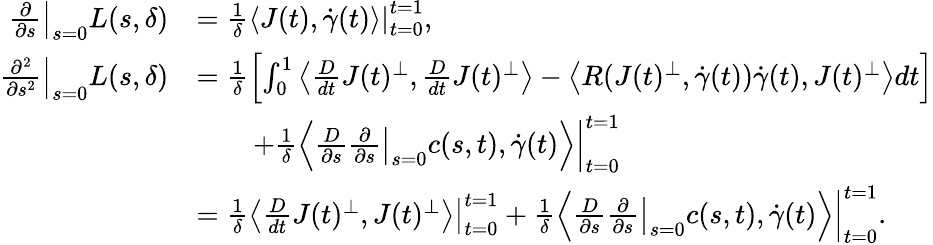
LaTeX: \begin{array}{rl}{\left.\frac{\partial}{\partial s}\right|_{s=0}L(s,\delta)}&{=\frac{1}{\delta}\left.\left\langle J(t),\dot{\gamma}(t)\right\rangle\right|_{t=0}^{t=1},}\\ {\left.\frac{\partial^{2}}{\partial s^{2}}\right|_{s=0}L(s,\delta)}&{=\frac{1}{\delta}\left[\int_{0}^{1}\left\langle\frac{D}{dt}J(t)^{\perp},\frac{D}{dt}J(t)^{\perp}\right\rangle-\left\langle R(J(t)^{\perp},\dot{\gamma}(t))\dot{\gamma}(t),J(t)^{\perp}\right\rangle dt\right]}\\ &{\qquad+\frac{1}{\delta}\left.\left\langle\frac{D}{\partial s}\left.\frac{\partial}{\partial s}\right|_{s=0}c(s,t),\dot{\gamma}(t)\right\rangle\right|_{t=0}^{t=1}}\\ &{=\frac{1}{\delta}\left.\left\langle\frac{D}{dt}J(t)^{\perp},J(t)^{\perp}\right\rangle\right|_{t=0}^{t=1}+\frac{1}{\delta}\left.\left\langle\frac{D}{\partial s}\left.\frac{\partial}{\partial s}\right|_{s=0}c(s,t),\dot{\gamma}(t)\right\rangle\right|_{t=0}^{t=1}.}\end{array}